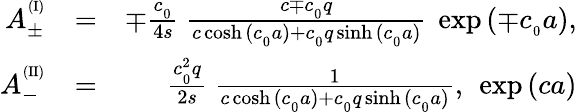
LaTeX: \begin{array}{rlr}{A_{\pm}^{^{(\mathrm{I})}}}&{=}&{\mp\frac{c_{_0}}{4s}\ \frac{c\mp c_{_0}q}{c\cosh{(c_{_0}a)}+c_{_0}q\sinh{(c_{_0}a)}}\ \exp{(\mp c_{_0}a)},}\\ {A_{-}^{^{(\mathrm{II})}}}&{=}&{\frac{c_{_0}^{2}q}{2s}\ \frac{1}{c\cosh{(c_{_0}a)}+c_{_0}q\sinh{(c_{_0}a)}},\ \exp{(ca)}}\end{array}